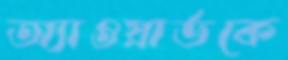
অ্যাওয়ার্ডকে